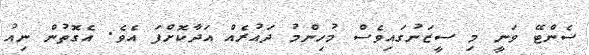
ސެންޓޭ ވަނީ މި ސީޒަނުގައިވެސް މުހިންމު ދައުރެއް އަދާކޮށްފަ އެވެ. އެގޮތުން ނިއު